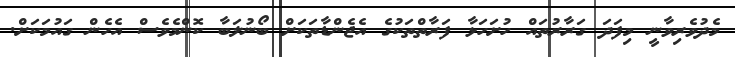
މެދުވެރިވާނީ މިފަދަ ގަރާރުތައް ހުށަހަޅާ ފަރާތްތަކުގެ އެޖެންޑާތަކަށް ބޯނުލަބާ ކޮންމެވެސް އެހެން ގައުމަކަށް.